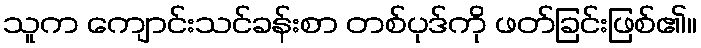
သူက ကျောင်းသင်ခန်းစာ တစ်ပုဒ်ကို ဖတ်ခြင်းဖြစ်၏။